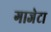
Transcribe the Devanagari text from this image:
गाजेटा